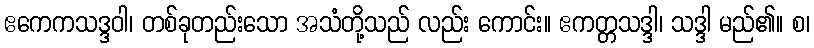
ဧကေကသဒ္ဒဝါ၊ တစ်ခုတည်းသော အသံတို့သည် လည်း ကောင်း။ ဧကတ္တသဒ္ဒါ၊ သဒ္ဒါ မည်၏။ စ၊